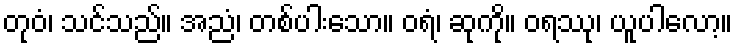
တုဝံ၊ သင်သည်။ အညံ၊ တစ်ပါးသော။ ဝရံ၊ ဆုကို။ ဝရဿု၊ ယူပါလော့။